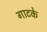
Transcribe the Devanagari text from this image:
गाटके